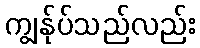
ကျွန်ုပ်သည်လည်း